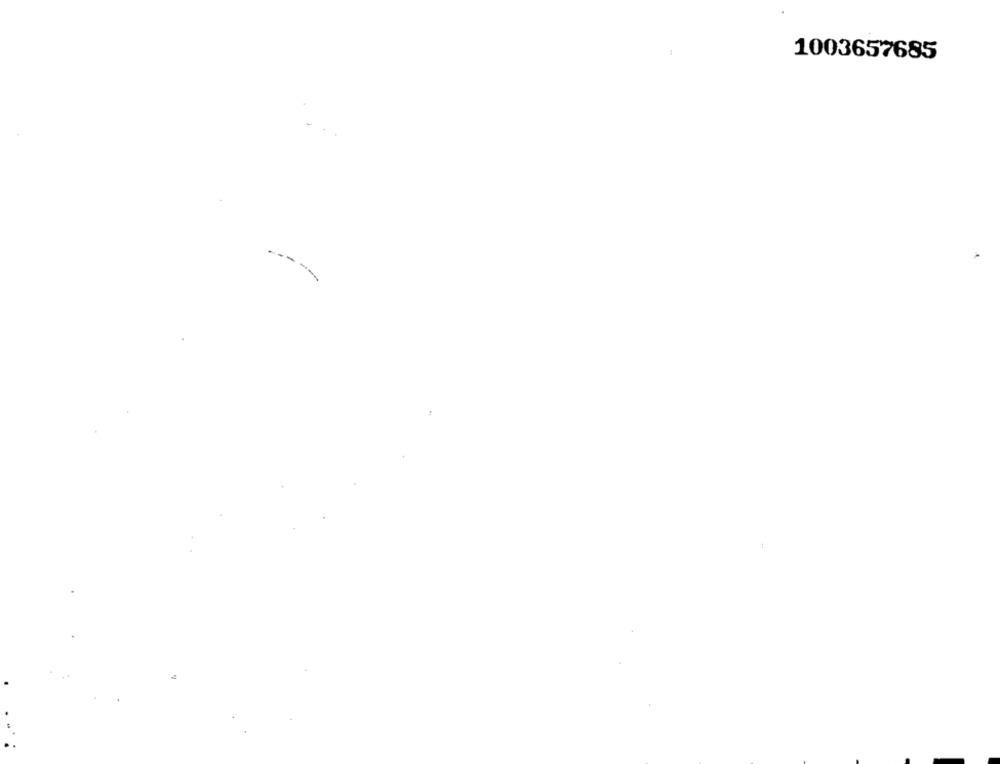
1003657685